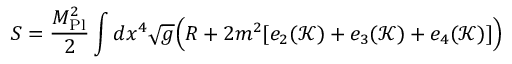
S = { \frac { M _ { \mathrm { P l } } ^ { 2 } } { 2 } } \int d x ^ { 4 } { \sqrt { g } } { \Big ( } R + 2 m ^ { 2 } [ e _ { 2 } ( { \mathcal { K } } ) + e _ { 3 } ( { \mathcal { K } } ) + e _ { 4 } ( { \mathcal { K } } ) ] { \Big ) }